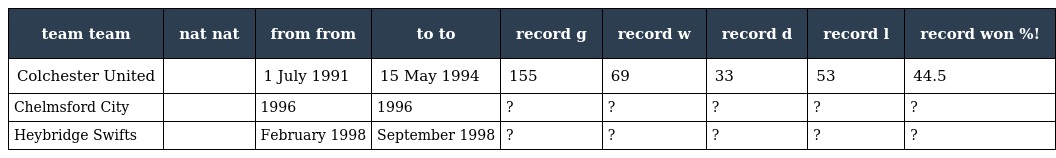
| team team | nat nat | from from | to to | record g | record w | record d | record l | record won %! |
 | --- | --- | --- | --- | --- | --- | --- | --- | --- |
 | Colchester United |  | 1 July 1991 | 15 May 1994 | 155 | 69 | 33 | 53 | 44.5 |
 | Chelmsford City |  | 1996 | 1996 | ? | ? | ? | ? | ? |
 | Heybridge Swifts |  | February 1998 | September 1998 | ? | ? | ? | ? | ? |